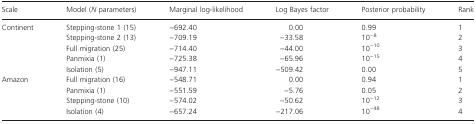
| Scale | Model (N parameters) | Marginal log-likelihood | Log Bayes factor | Posterior probability | Rank |
 | --- | --- | --- | --- | --- | --- |
 | Continent | Stepping-stone 1 (15) | −692.40 | 0.00 | 0.99 | 1 |
 |  | Stepping-stone 2 (13) | −709.19 | −33.58 | 10−8 | 2 |
 |  | Full migration (25) | −714.40 | −44.00 | 10−10 | 3 |
 |  | Panmixia (1) | −725.38 | −65.96 | 10−15 | 4 |
 |  | Isolation (5) | −947.11 | −509.42 | 0.00 | 5 |
 | Amazon | Full migration (16) | −548.71 | 0.00 | 0.94 | 1 |
 |  | Panmixia (1) | −551.59 | −5.76 | 0.05 | 2 |
 |  | Stepping-stone (10) | −574.02 | −50.62 | 10−12 | 3 |
 |  | Isolation (4) | −657.24 | −217.06 | 10−48 | 4 |